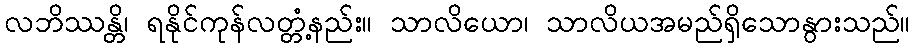
လဘိဿန္တိ၊ ရနိုင်ကုန်လတ္တံ့နည်း။ သာလိယော၊ သာလိယအမည်ရှိသောနွားသည်။